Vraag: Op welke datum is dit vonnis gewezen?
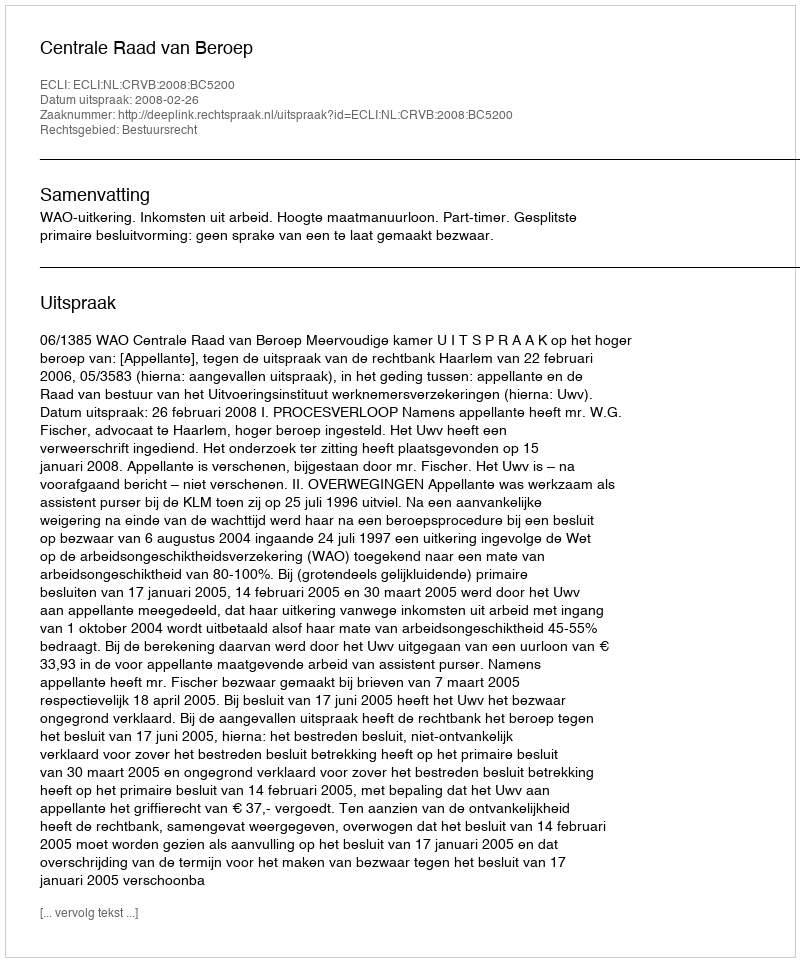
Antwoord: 2008-02-26